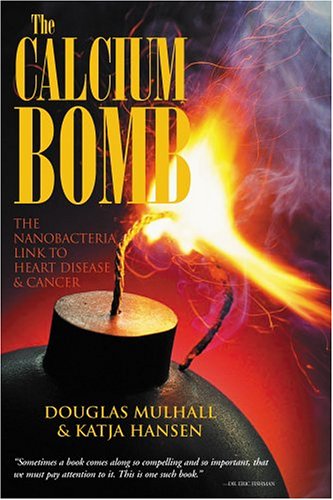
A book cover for The Calcium Bomb: The Nanobacteria Link to Heart Disease & Cancer; Douglas Mulhall; Health, Fitness & Dieting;